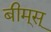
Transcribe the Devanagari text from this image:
बीम्‌स्